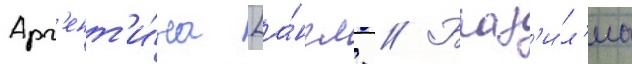
Арг'ент'и́на [а́нгл. // Браз'и́л'иа